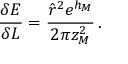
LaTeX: \frac { \delta E } { \delta L } = \frac { { \hat { r } } ^ { 2 } e ^ { h _ { M } } } { 2 \pi z _ { M } ^ { 2 } } \, .